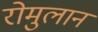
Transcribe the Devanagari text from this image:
रोमुलान